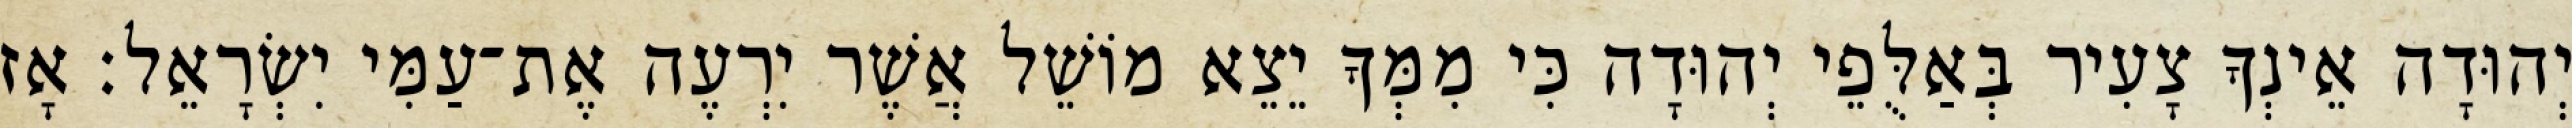
יְהוּדָה אֵינְךָ צָעִיר בְּאַלֻּפֵי יְהוּדָה כִּי מִמְּךָ יֵצֵא מוֹשֵׁל אֲשֶׁר יִרְעֶה אֶת־עַמִּי יִשְׂרָאֵל׃ אָז